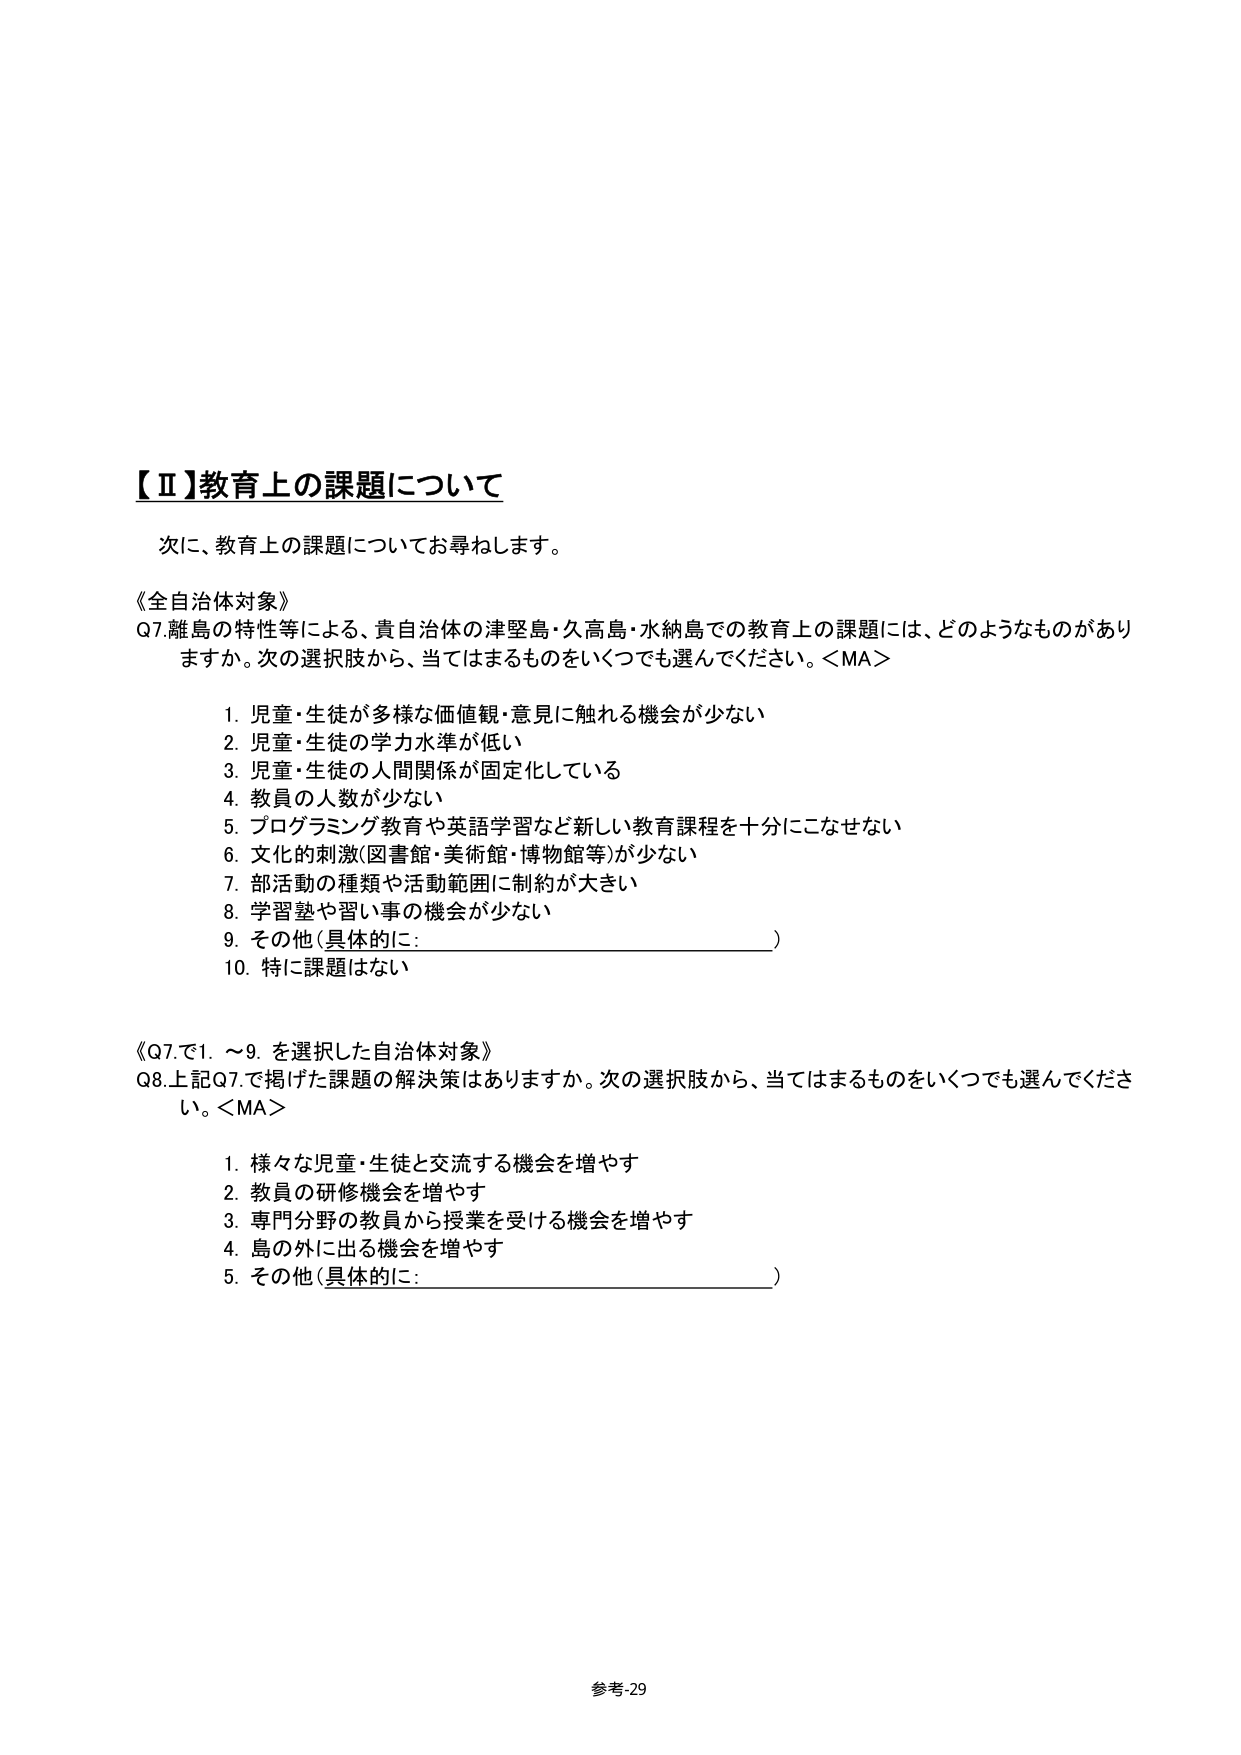
【Ⅱ】教育上の課題について

次に、教育上の課題についてお尋ねします。

《全自治体対象》
Q7. 離島の特性等による、貴自治体の津堅島・久高島・水納島での教育上の課題には、どのようなものがありますか。次の選択肢から、当てはまるものをいくつでも選んでください。＜MA＞

1. 児童・生徒が多様な価値観・意見に触れる機会が少ない
2. 児童・生徒の学力水準が低い
3. 児童・生徒の人間関係が固定化している
4. 教員の人数が少ない
5. プログラミング教育や英語学習など新しい教育課程を十分にこなせない
6. 文化的刺激（図書館・美術館・博物館等）が少ない
7. 部活動の種類や活動範囲に制約が大きい
8. 学習塾や習い事の機会が少ない
9. その他（具体的に：________________________）
10. 特に課題はない

《Q7.で1.～9.を選択した自治体対象》
Q8. 上記Q7.で掲げた課題の解決策はありますか。次の選択肢から、当てはまるものをいくつでも選んでください。＜MA＞

1. 様々な児童・生徒と交流する機会を増やす
2. 教員の研修機会を増やす
3. 専門分野の教員から授業を受ける機会を増やす
4. 島の外に出る機会を増やす
5. その他（具体的に：________________________）

参考-29